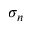
\sigma _ { n }